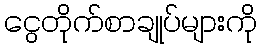
ငွေတိုက်စာချုပ်များကို